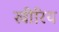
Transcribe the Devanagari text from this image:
खीरिय